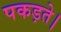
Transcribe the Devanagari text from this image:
पकड़ते।